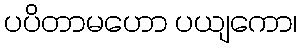
ပပိတာမဟော ပယျကော၊